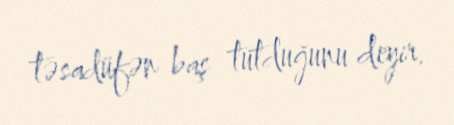
təsadüfən baş tutduğunu deyir.